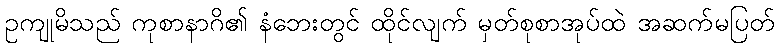
ဥကျုမိသည် ကုစာနာဂိ၏ နံဘေးတွင် ထိုင်လျက် မှတ်စုစာအုပ်ထဲ အဆက်မပြတ်